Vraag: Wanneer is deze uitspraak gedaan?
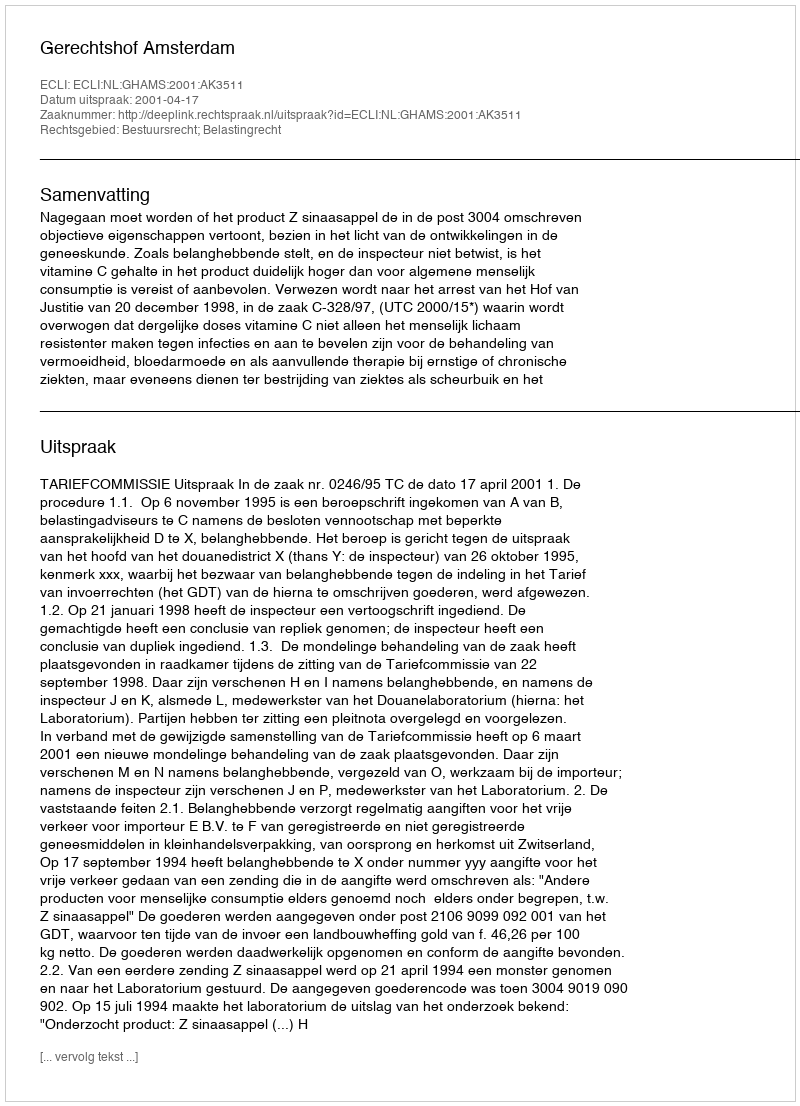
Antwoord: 2001-04-17